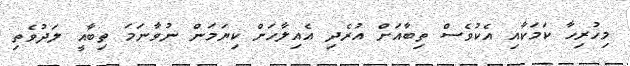
މިހުރިހާ ކަމަކާއި އެކުވެސް ތިބާއަށް އުރެދި އެއިލާހަށް ކިޔަމަން ނުވާނަމަ ތިބާއީ ލަދުވެތި